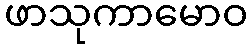
ဖာသုကာမောဝ